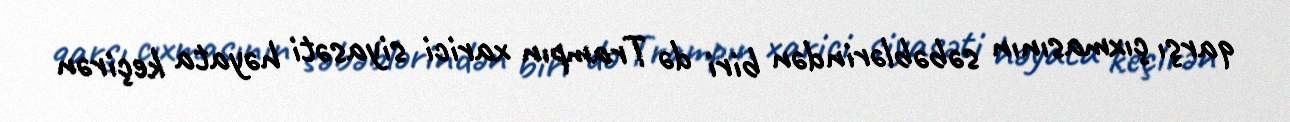
qarşı çıxmasının səbəblərindən biri də Trampın xarici siyasəti həyata keçirən